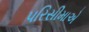
પરિસીમાએ